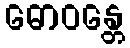
ဓောဝန္တေ